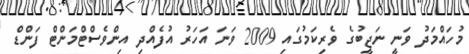
މުހައްމަދު ވަނީ ނަޖީބުގެ ވެރިކަމުގައި 2009 ވަނަ އަހަރު އުފެއްދި އިންވެސްޓްމަންޓް ފަންޑް